[Report on the health of British troops in the Madras command]
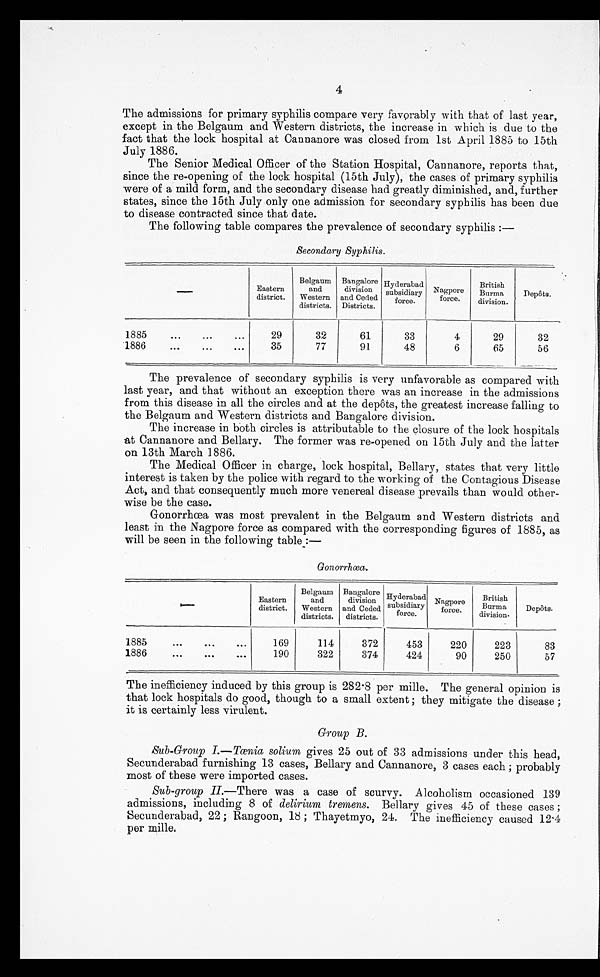
4
The admissions for primary syphilis compare very favorably with that of last year,
except in the Belgaum and Western districts, the increase in which is due to the
fact that the lock hospital at Cannanore was closed from 1st April 1885 to 15th
July 1886.
The Senior Medical Officer of the Station Hospital, Cannanore, reports that,
since the re-opening of the lock hospital (15th July), the cases of primary syphilis
were of a mild form, and the secondary disease had greatly diminished, and, further
states, since the 15th July only one admission for secondary syphilis has been due
to disease contracted since that date.
The following table compares the prevalence of secondary syphilis :—
Secondary Syphilis.
— Eastern
district.
Belgaum
and
Western
districts.
Bangalore
division
and Ceded
Districts.
Hyderabad
subsidiary
force.
Nagpore
force.
British
Burma
division.
Depôts.
1885 . . .
29
32
61
33
4
29
32
1886 . . .
35
77
91
48
6
65
56
The prevalence of secondary syphilis is very unfavorable as compared with
last year, and that without an exception there was an increase in the admissions
from this disease in all the circles and at the depôts, the greatest increase falling to
the Belgaum and Western districts and Bangalore division.
The increase in both circles is attributable to the closure of the lock hospitals
at Cannanore and Bellary. The former was re-opened on 15th July and the latter
on 13th March 1886.
The Medical Officer in charge, lock hospital, Bellary, states that very little
interest is taken by the police with regard to the working of the Contagious Disease
Act, and that consequently much more venereal disease prevails than would other
- w i s e b e t h e c a s e .
Gonorrhœa was most prevalent in the Belgaum and Western districts and
least in the Nagpore force as compared with the corresponding figures of 1885, as
will be seen in the following table:—
Gonorrhœa.
—
Eastern
district.
Belgaum
and
Western
districts.
Bangalore
division
and Ceded
districts.
Hyderabad
subsidiary
force.
Nagpore
f o r c e .
British
Burma
division.
Depôts.
1885 . . .
169
114
372
453
220
223
83
1886 . . .
190
322
374
424
90
250
57
The inefficiency induced by this group is 282.8 per mille. The general opinion is
that lock hospitals do good, though to a small extent ; they mitigate the disease ;
it is certainly less virulent.
Group B.
Sub-Group I.—Tœnia solium gives 25 out of 33 admissions under this head,
Secunderabad furnishing 13 cases, Bellary and Cannanore, 3 cases each ; probably
most of these were imported cases.
Sub-group II.—There was a case of scurvy. Alcoholism occasioned 139
admissions, including 8 of delirium tremens. Bellary gives 45 of these cases;
Secunderabad, 22; Rangoon, 18; Thayetmyo, 24. The inefficiency caused 12.4
per mille.